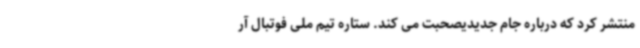
منتشر کرد که درباره جام جدیدیصحبت می کند. ستاره تیم ملی فوتبال آر